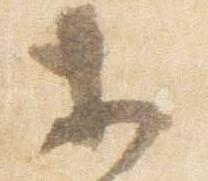
等